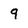
Character: 9